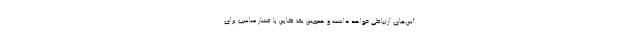
آنتن‌های ارتباطی خواهد داشت و همچنین یک کابین با فشار مناسب برای